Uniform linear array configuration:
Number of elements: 12
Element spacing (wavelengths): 0.25
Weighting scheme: exponential
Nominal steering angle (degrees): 45
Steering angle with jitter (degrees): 45.292
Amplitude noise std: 0.05
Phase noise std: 0.05

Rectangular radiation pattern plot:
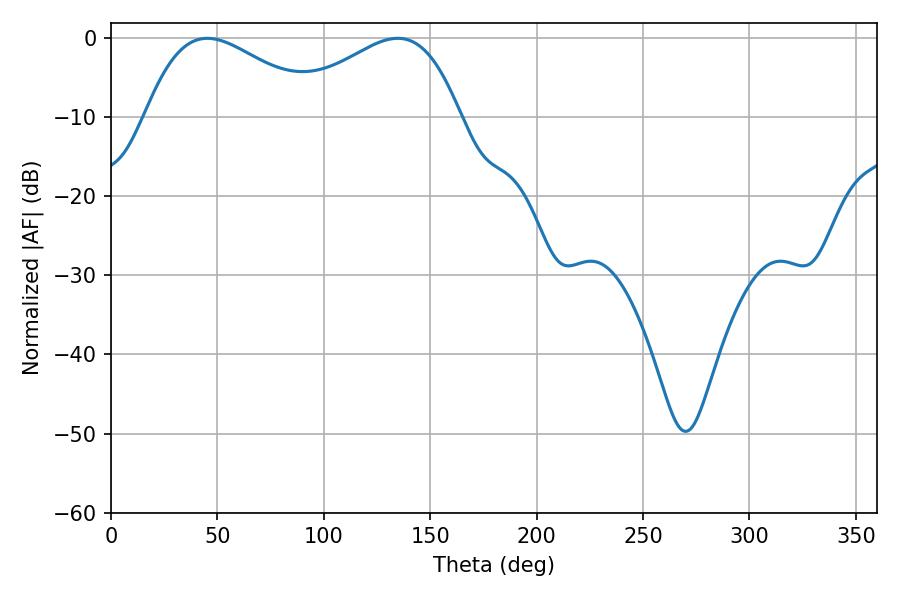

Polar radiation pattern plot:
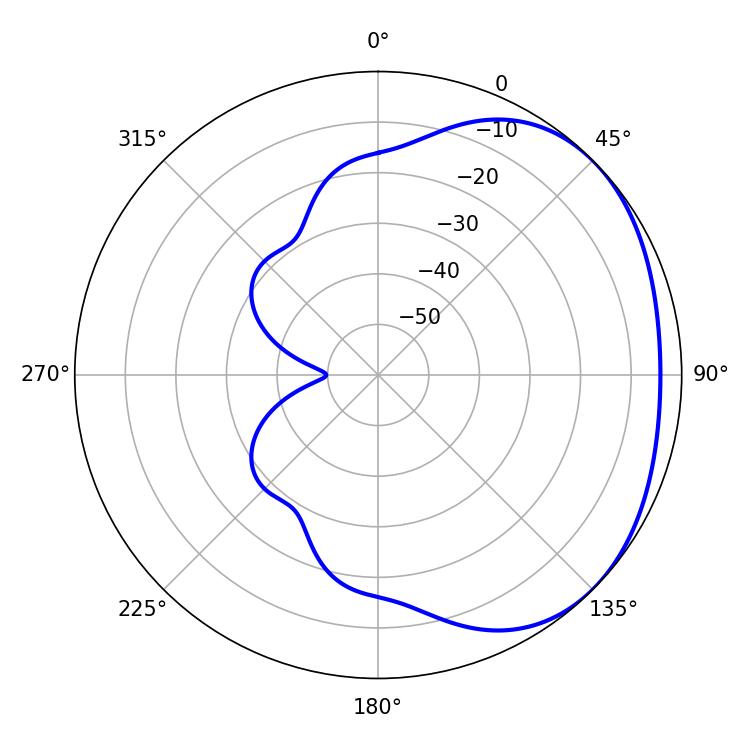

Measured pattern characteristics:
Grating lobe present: FALSE
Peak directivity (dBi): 2.177
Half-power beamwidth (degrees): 44.28
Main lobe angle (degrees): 45.18